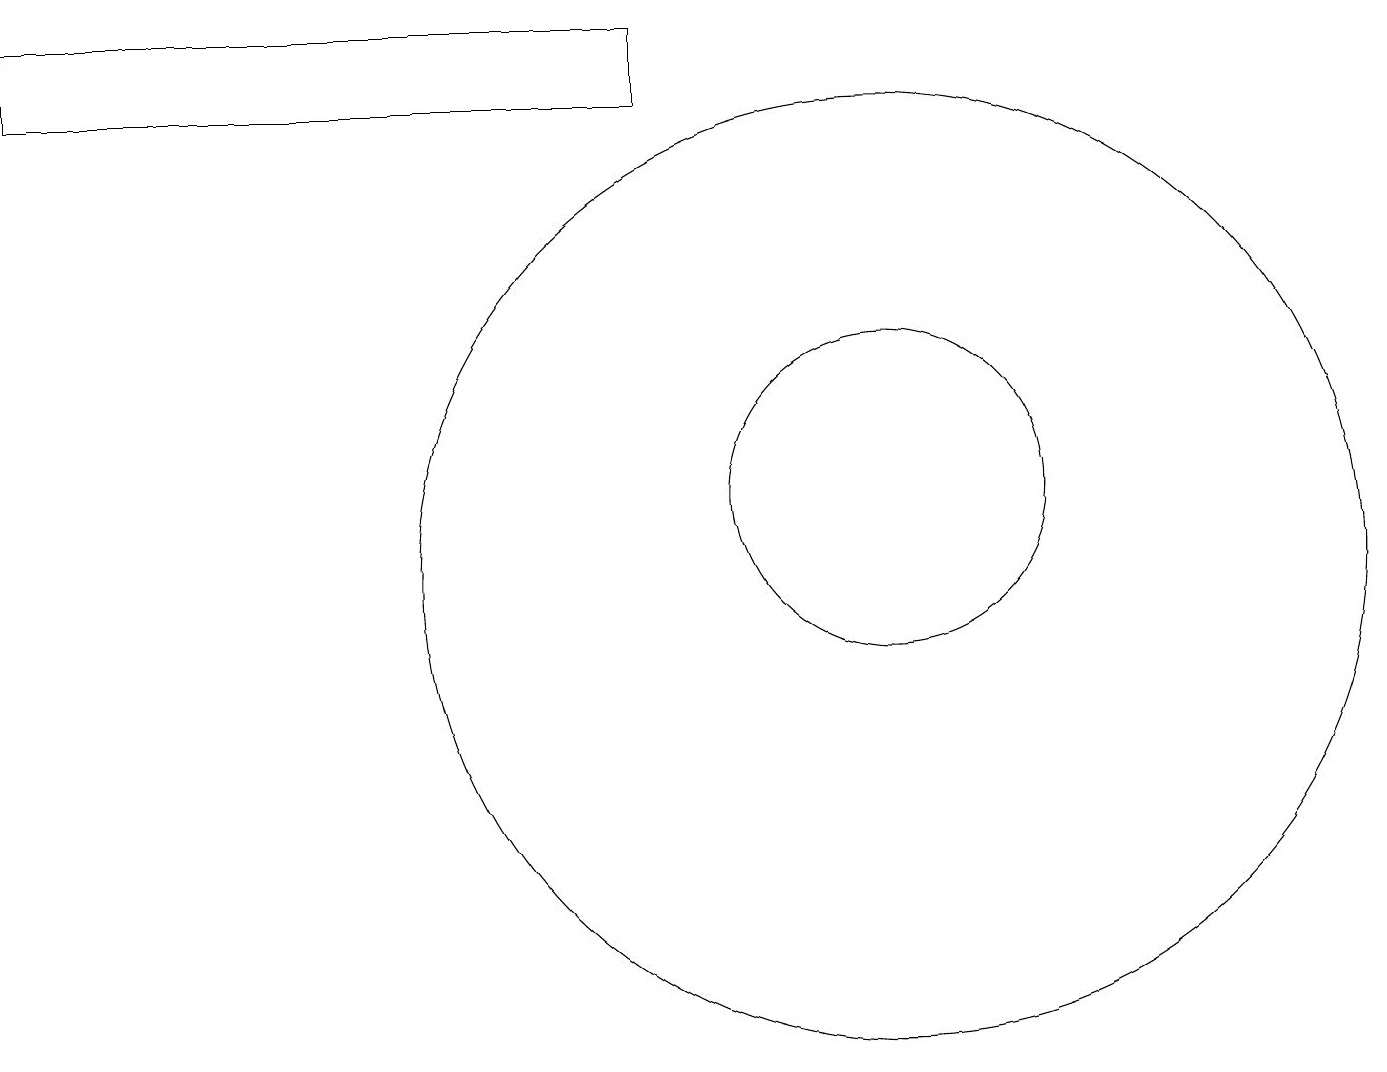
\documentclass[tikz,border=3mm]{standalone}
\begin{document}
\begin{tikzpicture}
\draw (11,12) circle (2);
\draw (11,11) circle (6);
\draw (8,17) rectangle (0,18);
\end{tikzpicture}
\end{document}